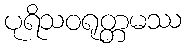
ပုရိသဝရုတ္တမဿ